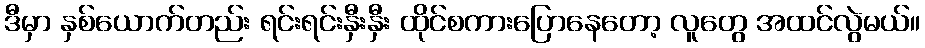
ဒီမှာ နှစ်ယောက်တည်း ရင်းရင်းနှီးနှီး ထိုင်စကားပြောနေတော့ လူတွေ အထင်လွဲမယ်။